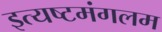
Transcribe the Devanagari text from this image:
इत्यष्टमंगलम